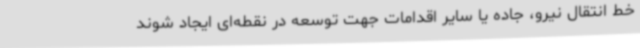
خط انتقال نیرو، جاده یا سایر اقدامات جهت توسعه در نقطه‌ای ایجاد شوند